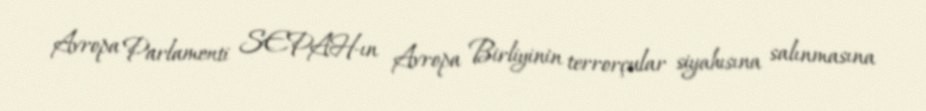
Avropa Parlamenti SEPAH-ın Avropa Birliyinin terrorçular siyahısına salınmasına